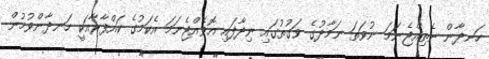
ހަނދާން ނެތިއްޖެނަމަ ނުވަތަ ނަމާދުގެ ވަގުތުގައި ނިދާފައި އޮވެއްޖެނަމަ އެކަމުގެ ކައްފާރާއަކީ ހަނދާންވުމުން